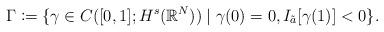
LaTeX: \begin{align*}\Gamma\coloneqq \{\gamma\in C([0,1];H^s(\mathbb{R}^N))\mid \gamma(0)=0,I_{\tilde{a}} [\gamma(1)]<0\}.\end{align*}